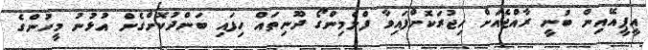
އީޕީއޭއިން ބުނީ ރާއްޖެއަށް ހިޖުރަކޮށްފައިވާ ފްލެމިންގޯ ދޫނިތައް ހިފައި ބަންދުކޮށްގެން އުޅުނު މީހުންގެ